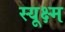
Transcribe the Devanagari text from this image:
स्यूक्ष्म